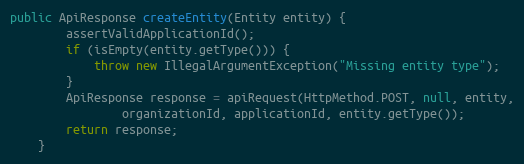
Language: Java
public ApiResponse createEntity(Entity entity) {
        assertValidApplicationId();
        if (isEmpty(entity.getType())) {
            throw new IllegalArgumentException("Missing entity type");
        }
        ApiResponse response = apiRequest(HttpMethod.POST, null, entity,
                organizationId, applicationId, entity.getType());
        return response;
    }